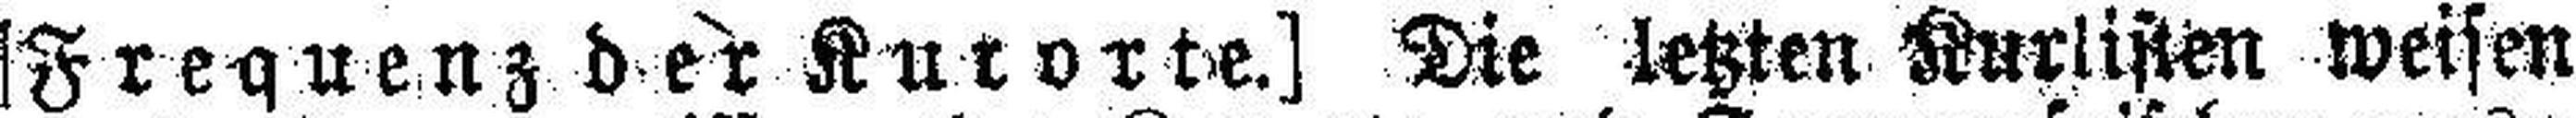
[Frequenz der Kurorte.] Die letzten Kurlisten weisen